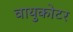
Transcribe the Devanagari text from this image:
वायुकोटर